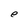
Character: e